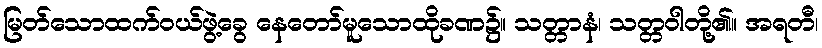
မြတ်သောထက်ဝယ်ဖွဲ့ခွေ နေတော်မူသောထိုခဏ၌။ သတ္တာနံ၊ သတ္တဝါတို့၏။ အရတီ၊